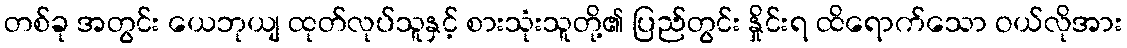
တစ်ခု အတွင်း ယေဘုယျ ထုတ်လုပ်သူနှင့် စားသုံးသူတို့၏ ပြည်တွင်း နှိုင်းရ ထိရောက်သော ဝယ်လိုအား